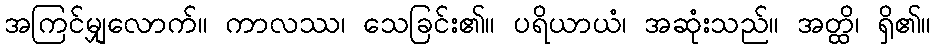
အကြင်မျှလောက်။ ကာလဿ၊ သေခြင်း၏။ ပရိယာယံ၊ အဆုံးသည်။ အတ္ထိ၊ ရှိ၏။